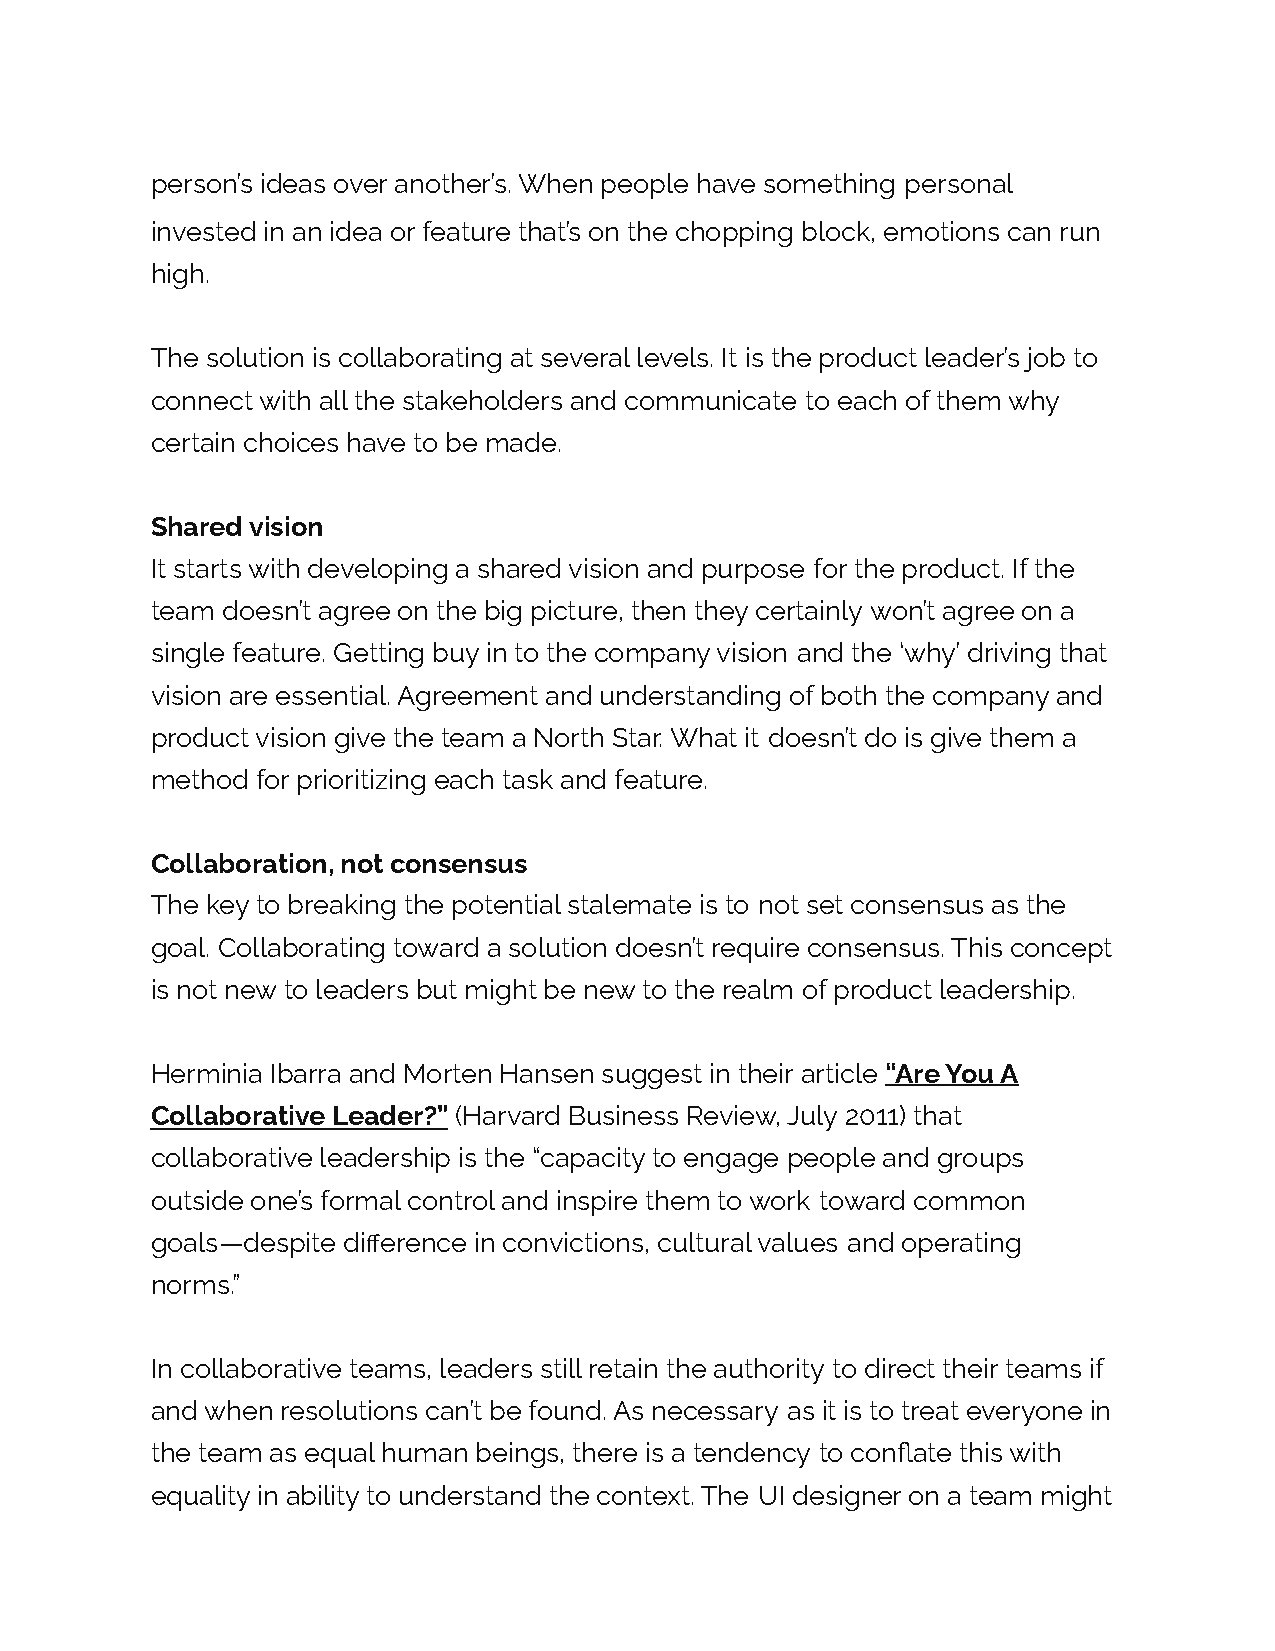
person’s ideas over another’s. When people have something personal
 invested in an idea or feature that’s on the chopping block, emotions can run
 high.
 The solution is collaborating at several levels. It is the product leader’s job to
 connect with all the stakeholders and communicate to each of them why
 certain choices have to be made.
 Shared vision
 It starts with developing a shared vision and purpose for the product. If the
 team doesn’t agree on the big picture, then they certainly won’t agree on a
 single feature. Getting buy in to the company vision and the ‘why’ driving that
 vision are essential. Agreement and understanding of both the company and
 product vision give the team a North Star. What it doesn’t do is give them a
 method for prioritizing each task and feature.
 Collaboration, not consensus
 The key to breaking the potential stalemate is to not set consensus as the
 goal. Collaborating toward a solution doesn’t require consensus. This concept
 is not new to leaders but might be new to the realm of product leadership.
 Herminia Ibarra and Morten Hansen suggest in their article “Are You A
 Collaborative Leader?” (Harvard Business Review, July 2011) that
 collaborative leadership is the “capacity to engage people and groups
 outside one’s formal control and inspire them to work toward common
 goals—despite difference in convictions, cultural values and operating
 norms.”
 In collaborative teams, leaders still retain the authority to direct their teams if
 and when resolutions can’t be found. As necessary as it is to treat everyone in
 the team as equal human beings, there is a tendency to conflate this with
 equality in ability to understand the context. The UI designer on a team might